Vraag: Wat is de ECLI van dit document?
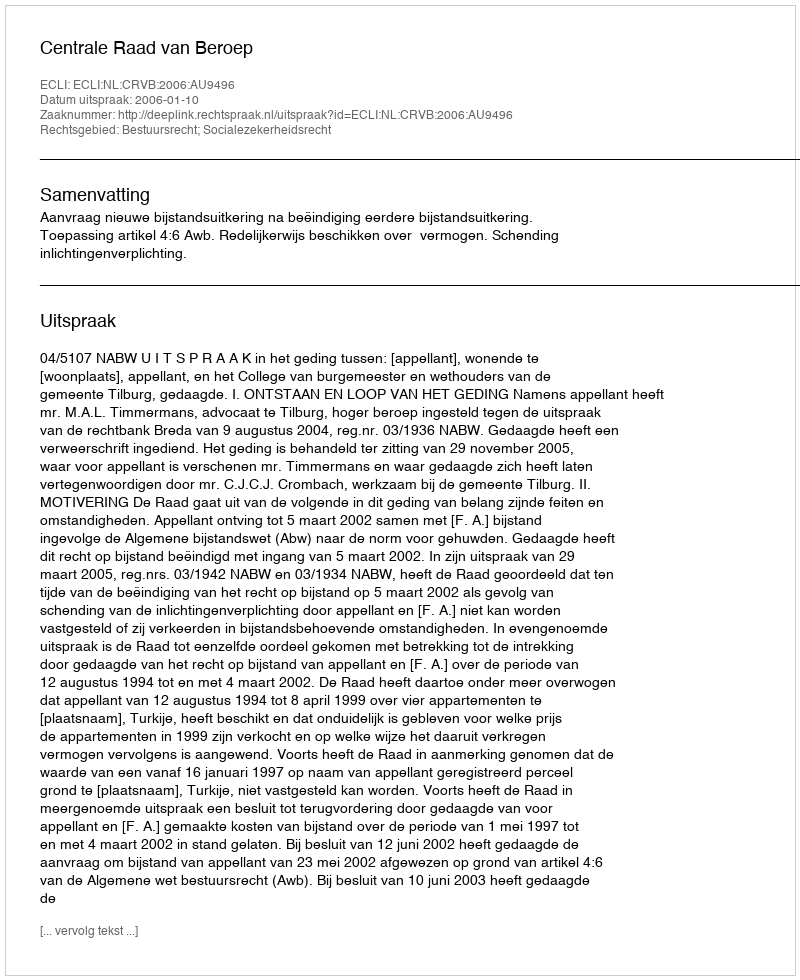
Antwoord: ECLI:NL:CRVB:2006:AU9496